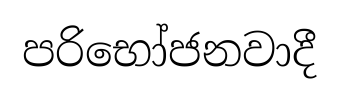
පරිභෝජනවාදී